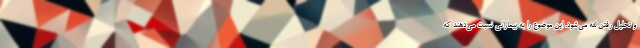
و تحلیل رفتن لثه می‌شود. این موضوع را به بیمارانی نسبت می‌دهند که